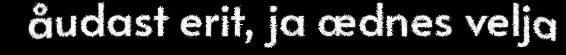
åudast erit, ja ædnes velja